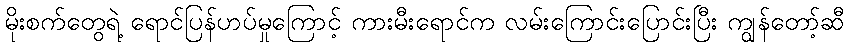
မိုးစက်တွေရဲ့ ရောင်ပြန်ဟပ်မှုကြောင့် ကားမီးရောင်က လမ်းကြောင်းပြောင်းပြီး ကျွန်တော့်ဆီ